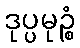
ဒုပ္ပမုဉ္စံ